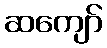
ဆကျော်